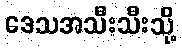
ဒေသအသီးသီးသို့